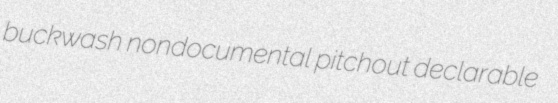
buckwash nondocumental pitchout declarable